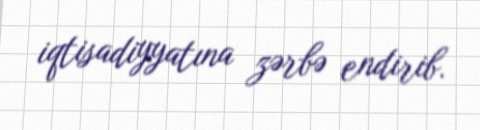
iqtisadiyyatına zərbə endirib.